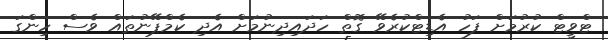
ޓްވީޓް ކުރުމަށް ފަހު އެޑިޓްކުރެވޭ ގޮތް ހަދައިދިނުމަށް އެދި ކެމްޕޭނުތައް ވެސް ހިންގަ